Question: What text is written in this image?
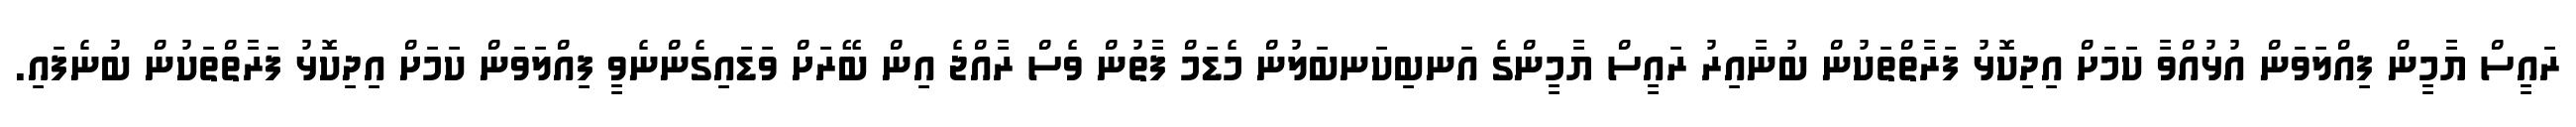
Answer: ރައީސް ޔާމީން ފިއްލަވަން އުޅުއްވާ ކަމަށް އިދިކޮޅު ފަރާތްތަކުން ބުނާއިރު ރައީސް ޔާމީންގެ އަނބިކަނބަލުން މެޑަމް ފާތުން ވެސް ރާއްޖެ އިން ބޭރަށް ވަޑައިގެންނެވީ ފިއްލަވަން ކަމަށް އިދިކޮޅު ފަރާތްތަކުން ބުނެފައި.